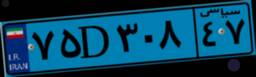
۱۱D۹۴۵۸۹